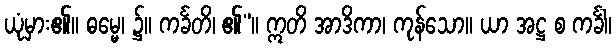
ယုံမှား၏။ ဓမ္မေ၊ ၌။ ကင်္ခတိ၊ ၏”။ ဣတိ အာဒိကာ၊ ကုန်သော။ ယာ အဋ္ဌ စ ကင်္ခါ၊